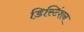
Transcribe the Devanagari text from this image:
डिस्टिंशन